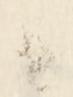
候